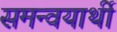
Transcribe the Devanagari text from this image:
समन्वयार्थी